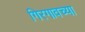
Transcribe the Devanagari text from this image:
गिरगावच्या